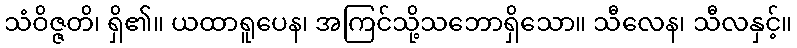
သံဝိဇ္ဇတိ၊ ရှိ၏။ ယထာရူပေန၊ အကြင်သို့သဘောရှိသော။ သီလေန၊ သီလနှင့်။